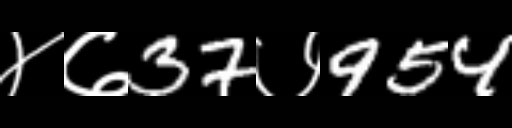
Text: ४७37७954